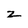
Character: z